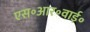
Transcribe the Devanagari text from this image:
एस॰आर॰वाई॰